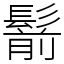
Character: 鬋